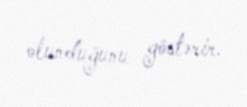
olunduğunu göstərir.